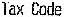
TAX CODE